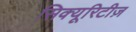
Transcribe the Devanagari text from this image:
सिक्यूरिटीज़